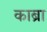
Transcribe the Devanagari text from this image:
काब्रा